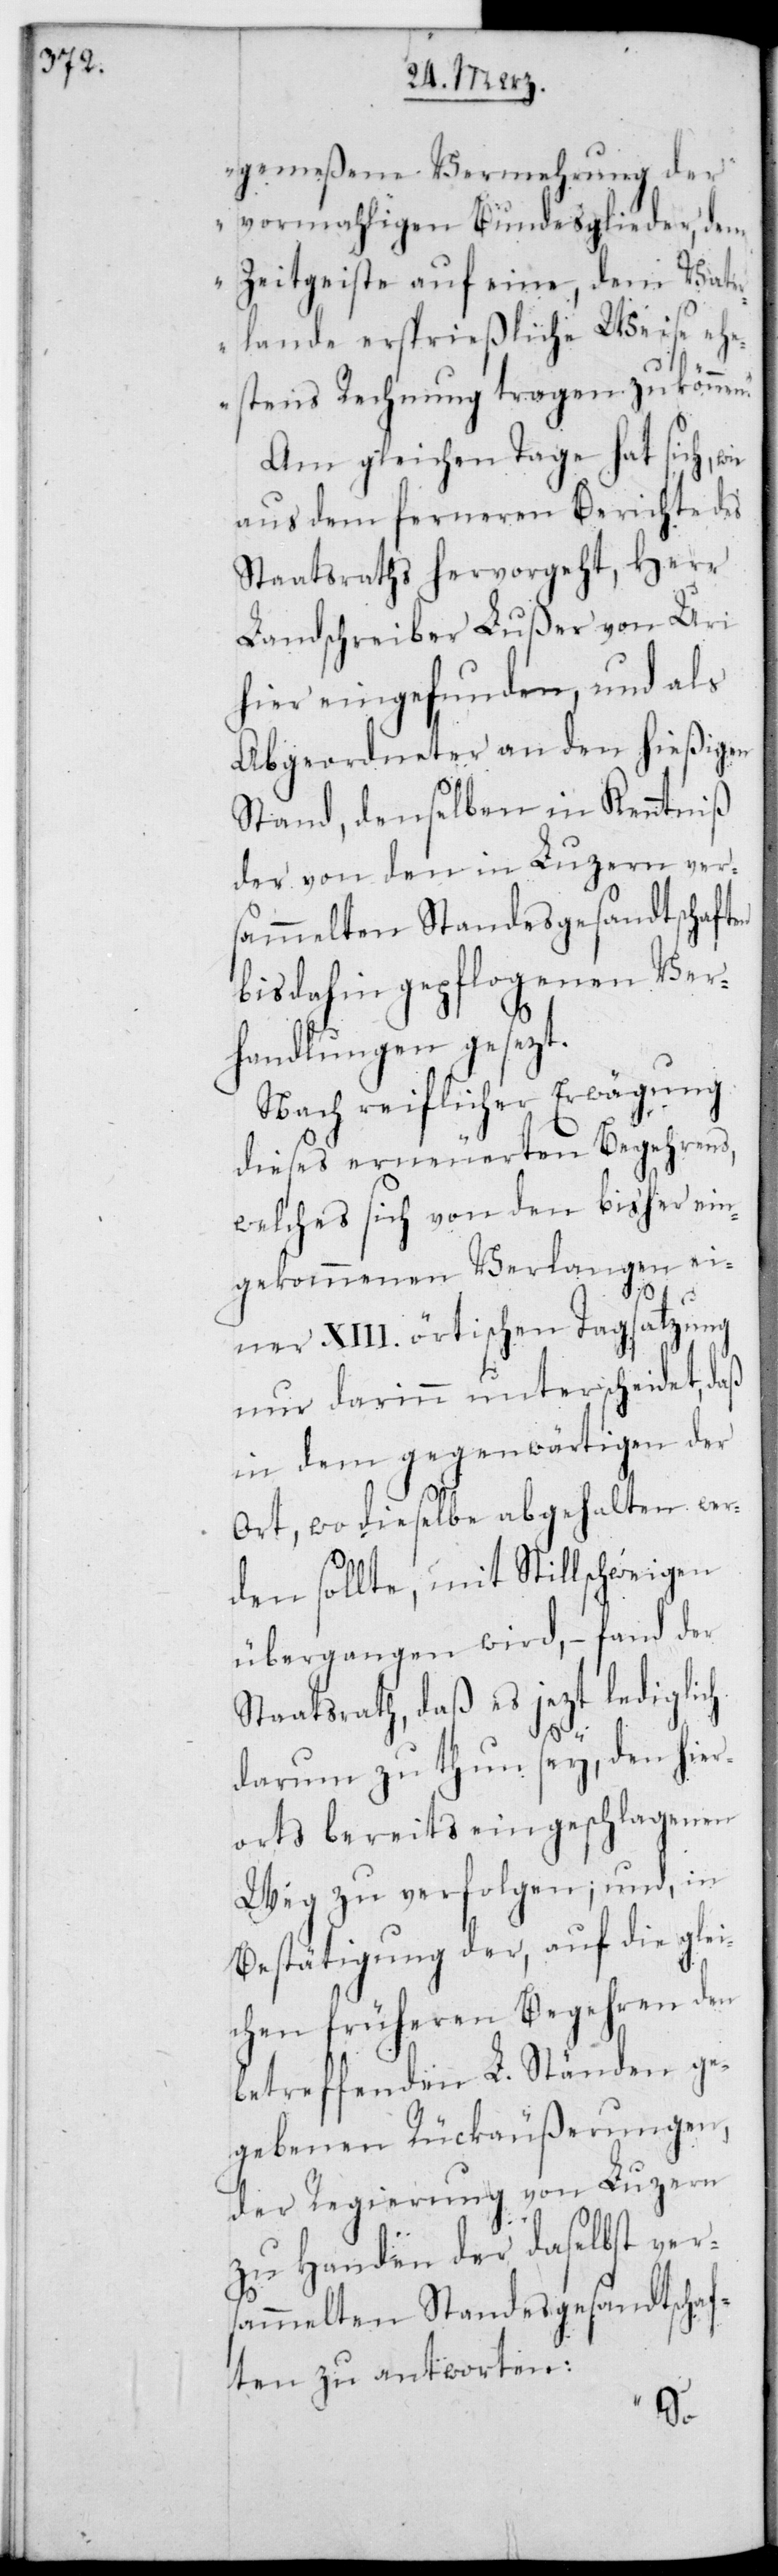
gemeßene Vermehrung der
vormaligen Bundesglieder, dem
Zeitgeiste auf eine, dem Vate¬
rlande ersprießliche Weise eh¬
estens Rechnung tragen zu könne¬
Am gleichen Tage hat sich, wie
aus dem ferneren Berichte des
Staatsraths hervorgeht, Herr
Landschreiber Lußer von Uri
hier eingefunden, und als
Abgeordneter an den hießigen
Stand, denselben in Kenntniß
der von den in Luzern vers¬
ammelten Standesgesandtschaften
bis dahin gepflogenen Ver¬
handlungen gesezt.
Nach reiflicher Erwägung
dieses erneuereten Begehrens,
welches sich von den bisher ein¬
gekommenen Verlangen ei¬
n“.
ner XIII. örtischen Tagsatzung
nur darin unterscheidet, daß
in dem gegenwärtigen der
Ort, wo dieselbe abgehalten wer¬
den sollte, mit Stillschweigen
übergangen wird, – fand der
Staatsrath, daß es jetzt lediglich
darum zu thun sey, den hier¬
orts bereits eingeschlagenen
Weg zu verfolgen; und in
Bestätigung der, auf die glei¬
chen früheren Begehren den
betreffenden L. Ständen ge¬
gebenen Rückäußerungen,
der Regierung von Luzern
zu Handen der daselbst ver¬
sammelten Standesgesandtschaf¬
ten zu antworten: